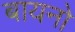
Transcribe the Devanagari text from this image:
बायनो